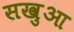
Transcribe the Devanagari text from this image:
सखुआ